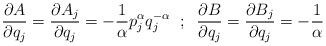
LaTeX: \begin{align*}\frac{\partial A}{\partial q_{j}}=\frac{\partial A_{j}}{\partial q_{j}}=-\frac{1}{\alpha}p^{\alpha}_{j}q^{-\alpha}_{j}\;\;;\;\;\frac{\partial B}{\partial q_{j}}=\frac{\partial B_{j}}{\partial q_{j}}=-\frac{1}{\alpha}\end{align*}